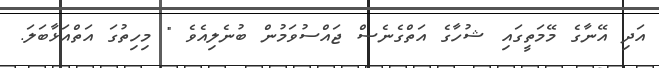
އަދި އޭނާގެ މޭމަތީގައި ޝުހާގެ އަތްގެނެސް ޖައްސުވަމުން ބުނެލިއެވެ " މިހިތުގަ އަތްއަޅާބަލަ.